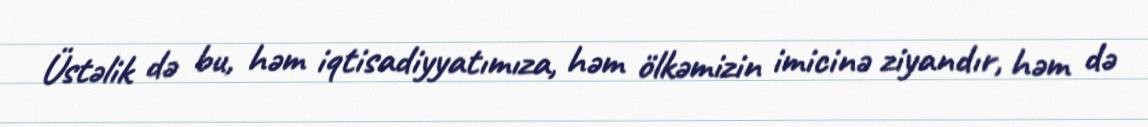
Üstəlik də bu, həm iqtisadiyyatımıza, həm ölkəmizin imicinə ziyandır, həm də